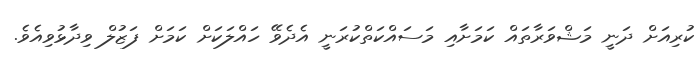
ކުރިއަށް ދަނީ މަޝްވަރާތައް ކަމަށާއި މަސައްކަތްކުރަނީ އެދެވޭ ހައްލަކަށް ކަމަށް ފަޒުލް ވިދާޅުވިއެވެ.